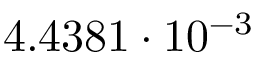
4 . 4 3 8 1 \cdot 1 0 ^ { - 3 }